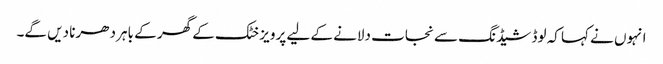
انہوں نے کہا کہ لوڈ شیڈنگ سے نجات دلانے کے لیے پرویز خٹک کے گھر کے باہر دھرنا دیں گے۔